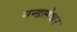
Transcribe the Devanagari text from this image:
मन्डलेश्वर